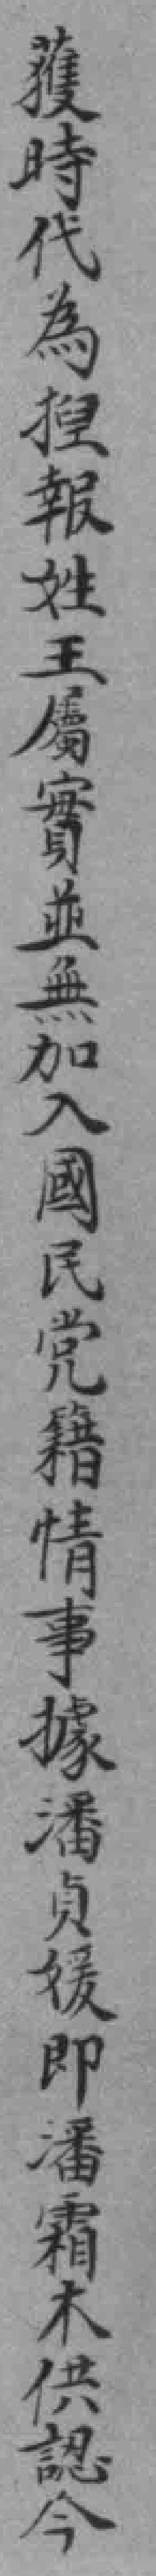
獲時代為揑報姓王屬實並無加入國民党籍情事據潘貞媛即潘霜木供認今